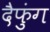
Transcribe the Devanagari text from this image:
दैफुंग